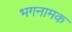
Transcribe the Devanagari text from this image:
भगनामक